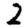
Digit: 2